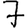
Digit: 7